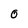
Character: 0